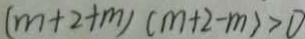
( m + 2 + m ) ( m + 2 - m ) > 0